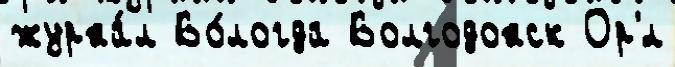
журна́л Во́логда Волгодонск Ор'́л